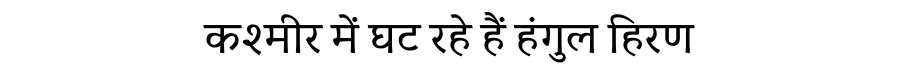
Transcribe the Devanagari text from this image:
कश्मीर में घट रहे हैं हंगुल हिरण